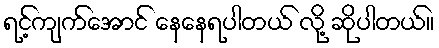
ရင့်ကျက်အောင် နေနေရပါတယ် လို့ ဆိုပါတယ်။